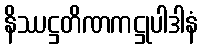
နိဿဋ္ဌတိဏကဋ္ဌုပါဒါနံ